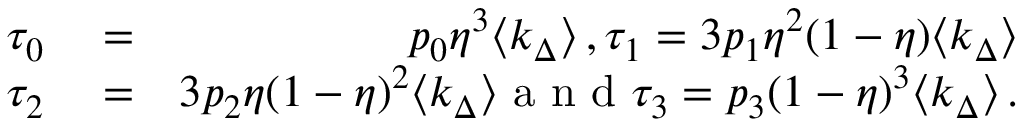
\begin{array} { r l r } { \tau _ { 0 } } & { { } = } & { p _ { 0 } \eta ^ { 3 } \langle k _ { \Delta } \rangle \, , \tau _ { 1 } = 3 p _ { 1 } \eta ^ { 2 } ( 1 - \eta ) \langle k _ { \Delta } \rangle } \\ { \tau _ { 2 } } & { { } = } & { 3 p _ { 2 } \eta ( 1 - \eta ) ^ { 2 } \langle k _ { \Delta } \rangle \mathrm { ~ a ~ n ~ d ~ } \tau _ { 3 } = p _ { 3 } ( 1 - \eta ) ^ { 3 } \langle k _ { \Delta } \rangle \, . } \end{array}